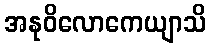
အနုဝိလောကေယျာသိ